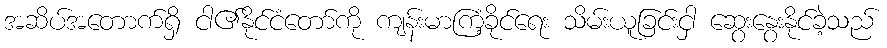
အဆိပ်အတောက်ရှိ ငါ၏နိုင်ငံတော်ကို ကျန်းမာကြံ့ခိုင်ရေး သိမ်းယူခြင်းငှါ ဆွေးနွေးနိုင်ခဲ့သည်